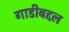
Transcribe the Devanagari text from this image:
गाडीबद्दल